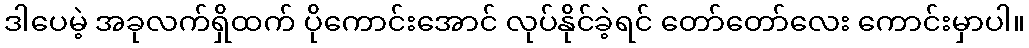
ဒါပေမဲ့ အခုလက်ရှိထက် ပိုကောင်းအောင် လုပ်နိုင်ခဲ့ရင် တော်တော်လေး ကောင်းမှာပါ။